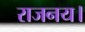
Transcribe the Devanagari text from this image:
राजनय।